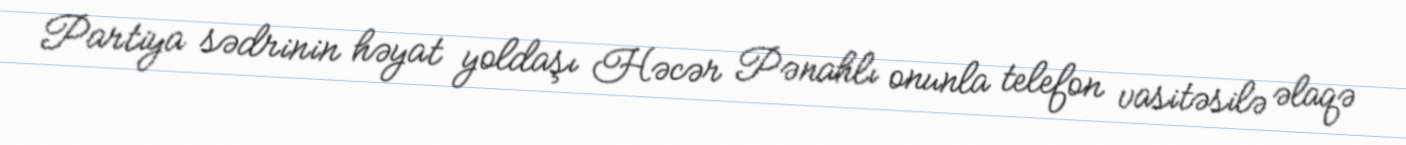
Partiya sədrinin həyat yoldaşı Həcər Pənahlı onunla telefon vasitəsilə əlaqə